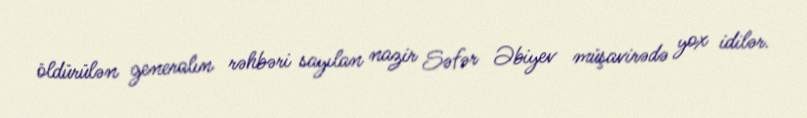
öldürülən generalın rəhbəri sayılan nazir Səfər Əbiyev müşavirədə yox idilər.